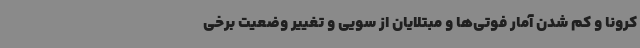
کرونا و کم شدن آمار فوتی‌ها و مبتلایان از سویی و تغییر وضعیت برخی